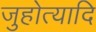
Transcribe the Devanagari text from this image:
जुहोत्यादि